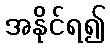
အနိုင်ရ၍